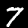
Digit: 7